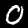
Digit: 0